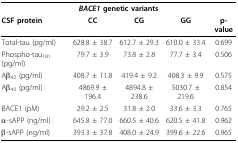
<table><thead><tr><td colspan="5"><b><i>BACE1 </i>genetic variants</b></td></tr><tr><td><b>CSF protein</b></td><td><b>CC</b></td><td><b>CG</b></td><td><b>GG</b></td><td><b>p-value</b></td></tr></thead><tbody><tr><td>Total-tau (pg/ml)</td><td>628.8 ± 38.7</td><td>612.7 ± 29.3</td><td>610.0 ± 33.4</td><td>0.699</td></tr><tr><td>Phospho-tau<sub>181 </sub>(pg/ml)</td><td>79.7 ± 3.9</td><td>73.8 ± 2.8</td><td>77.7 ± 3.4</td><td>0.506</td></tr><tr><td>Aβ<sub>42 </sub>(pg/ml)</td><td>408.7 ± 11.8</td><td>419.4 ± 9.2</td><td>408.3 ± 9.9</td><td>0.575</td></tr><tr><td>Aβ<sub>40 </sub>(pg/ml)</td><td>4869.9 ± 196.4</td><td>4894.8 ± 238.6</td><td>5030.7 ± 219.6</td><td>0.854</td></tr><tr><td>BACE1 (pM)</td><td>29.2 ± 2.5</td><td>31.8 ± 2.0</td><td>33.6 ± 3.3</td><td>0.765</td></tr><tr><td>α-sAPP (ng/ml)</td><td>645.8 ± 77.0</td><td>660.5 ± 40.6</td><td>620.5 ± 41.8</td><td>0.962</td></tr><tr><td>β-sAPP (ng/ml)</td><td>393.3 ± 37.8</td><td>408.0 ± 24.9</td><td>399.6 ± 22.6</td><td>0.965</td></tr></tbody></table>